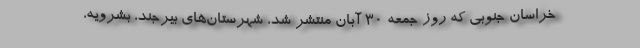
خراسان جنوبی که روز جمعه ۳۰ آبان منتشر شد، شهرستان‌های بیرجند، بشرویه،